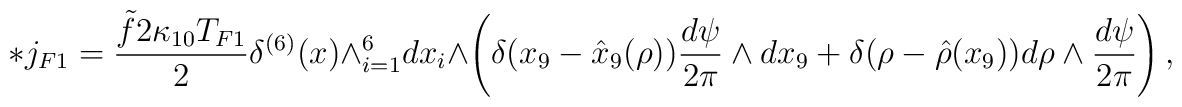
* j_{F1} = \frac{\tilde f 2 \kappa_{10} T_{F1} }{2}\delta^{(6)}(x)  \wedge_{i=1}^6 dx_i \wedge\left(  \delta( x_9 - \hat{x}_{9}(\rho)) \frac{d \psi}{2\pi} \wedge dx_9 + \delta(\rho - \hat{\rho}(x_9))d \rho \wedge \frac{d \psi}{2\pi} \right),